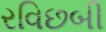
રવિછબી